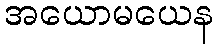
အယောမယေန